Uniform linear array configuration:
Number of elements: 4
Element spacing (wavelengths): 1
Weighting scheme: exponential
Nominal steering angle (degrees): -45
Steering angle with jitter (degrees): -46.755
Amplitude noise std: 0.05
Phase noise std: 0.05

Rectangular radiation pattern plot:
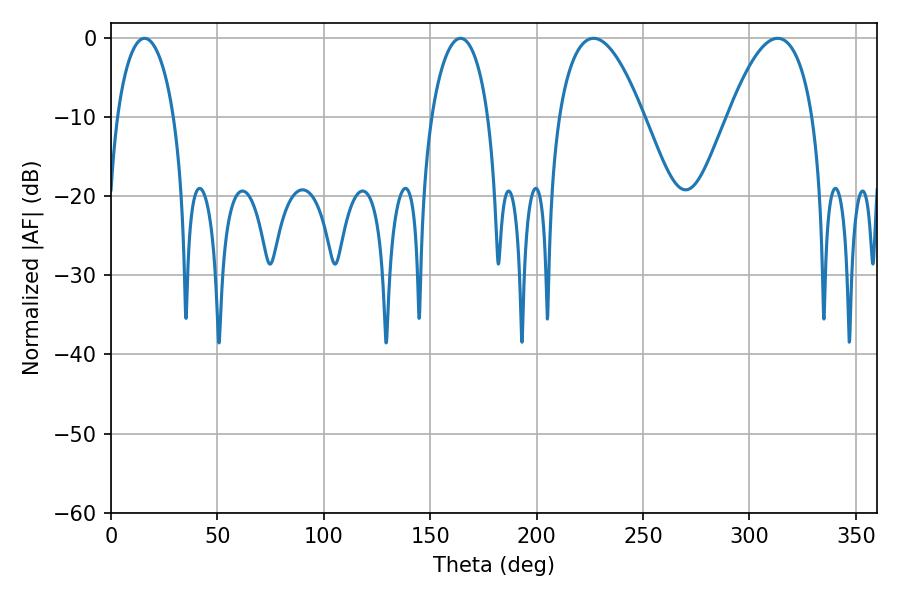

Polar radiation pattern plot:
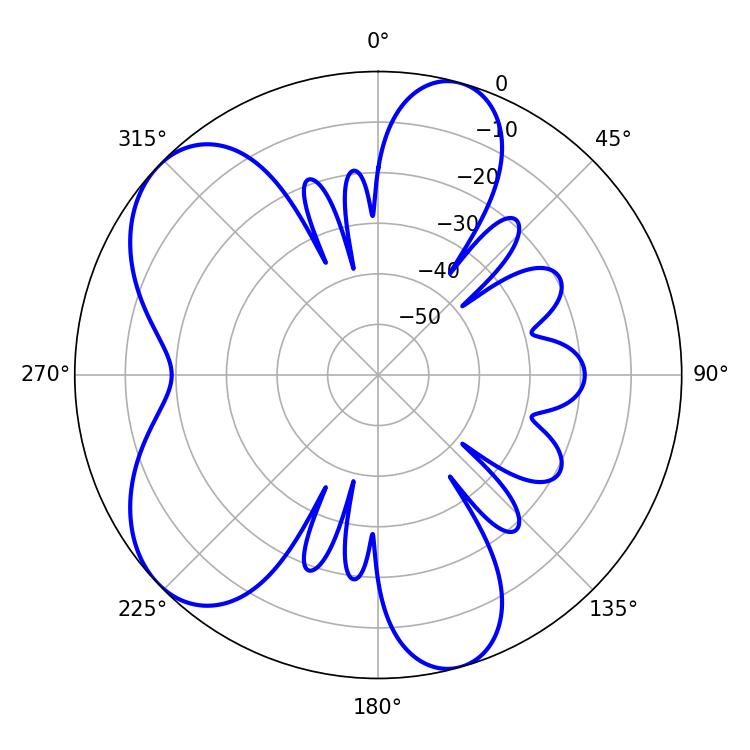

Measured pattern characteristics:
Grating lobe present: TRUE
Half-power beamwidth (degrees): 21.96
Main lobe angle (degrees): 226.8